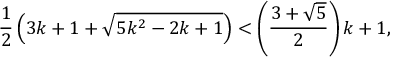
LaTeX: { \frac { 1 } { 2 } } \left( 3 k + 1 + { \sqrt { 5 k ^ { 2 } - 2 k + 1 } } \right) < \left( { \frac { 3 + { \sqrt { 5 } } } { 2 } } \right) k + 1 ,